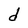
Character: d